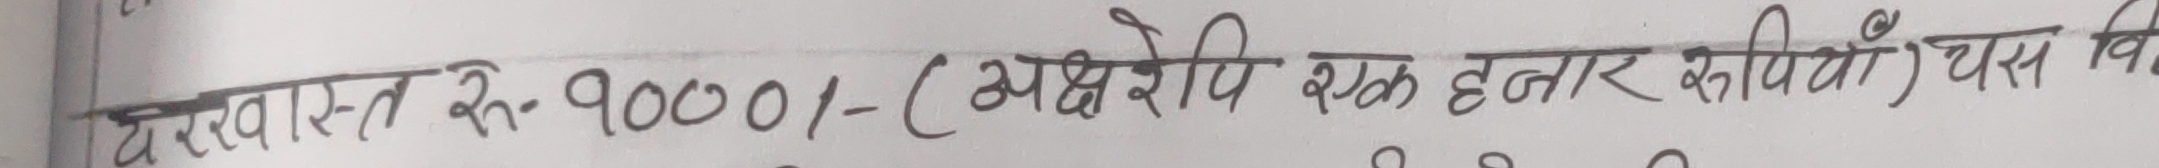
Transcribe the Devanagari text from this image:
दरवास्त रु-90001/- (अक्षरेपि रु एक हजार रुपियाँ) दस वि